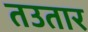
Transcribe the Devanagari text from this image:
तउतार